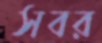
সবর